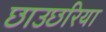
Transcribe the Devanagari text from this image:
छाउछरिया